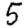
Digit: 5